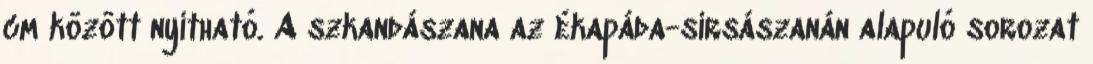
cm között nyitható. A szkandászana az ékapáda-sírsászanán alapuló sorozat